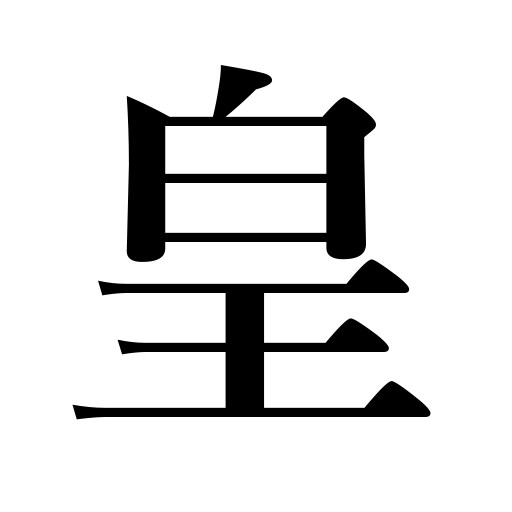
Meanings: emperor